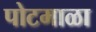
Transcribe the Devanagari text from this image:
पोटमाळा